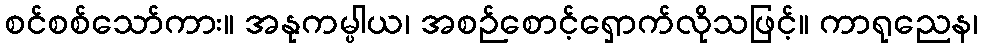
စင်စစ်သော်ကား။ အနုကမ္ပါယ၊ အစဉ်စောင့်ရှောက်လိုသဖြင့်။ ကာရုညေန၊